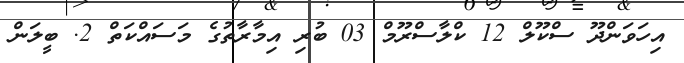
އިހަވަންދޫ ސްކޫލް 12 ކްލާސްރޫމް 03 ބުރި އިމާރާތުގެ މަސައްކަތް 2. ބީލަން